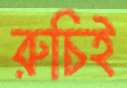
রুচিই